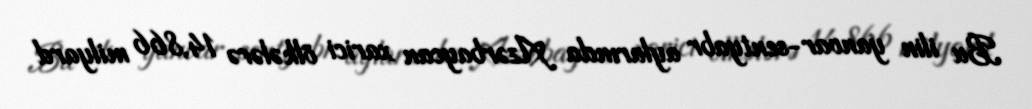
Bu ilin yanvar-sentyabr aylarında Azərbaycan xarici ölkələrə 14,866 milyard